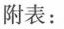
附表：